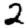
Digit: 2